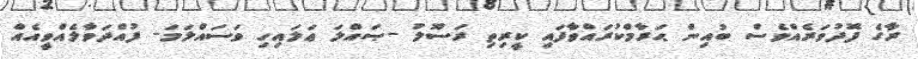
ރާގެ ފޮދުވަރެއްވެސް ބުއިން ޙަރާމްކުރައްވާފައި ކީރިތި ރަސޫލު -ޞައްލަ ޢަލައިހި ވަސައްލަމަ- ފުއްދަވާލެއްވީއެއް